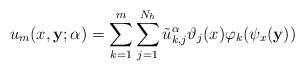
LaTeX: \begin{align*}u_{m}(x, {\bf y}; \alpha) = \displaystyle \sum_{k=1}^{m} \sum_{j=1}^{N_h} {\tilde u}_{k, j}^\alpha \vartheta_j(x) \varphi_k(\psi_x({\bf y}))\end{align*}